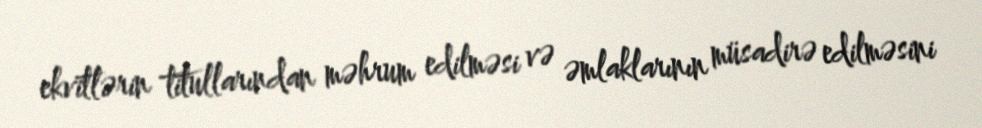
ekvitlərin titullarından məhrum edilməsi və əmlaklarının müsadirə edilməsini